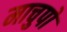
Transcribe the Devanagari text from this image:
माचुपो